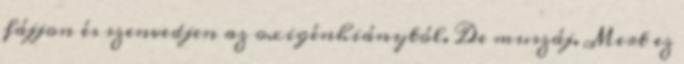
fájjon és szenvedjen az oxigénhiánytól. De muszáj. Mert ez